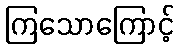
ကြသောကြောင့်